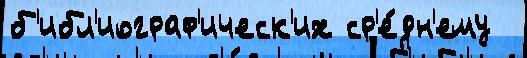
б'ибл'иограф'ическ'их ср'е́дн'ему